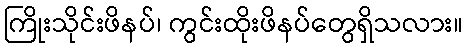
ကြိုးသိုင်းဖိနပ်၊ ကွင်းထိုးဖိနပ်တွေရှိသလား။